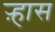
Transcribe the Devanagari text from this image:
ऱ्हास